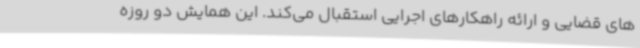
های قضایی و ارائه راهکارهای اجرایی استقبال می‌کند. این همایش دو روزه